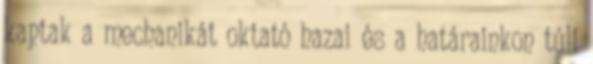
kaptak a mechanikát oktató hazai és a határainkon túli